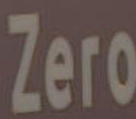
Zero